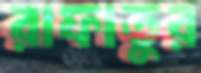
রাফাতুর